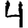
Digit: 4